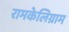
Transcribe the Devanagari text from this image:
रामकेलिग्राम